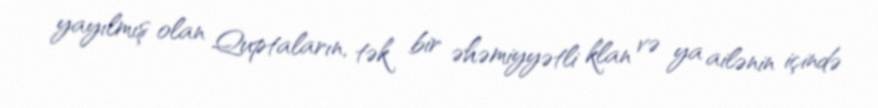
yayılmış olan Quptaların, tək bir əhəmiyyətli klan və ya ailənin içində